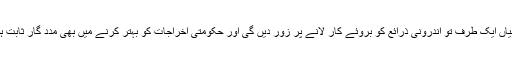
یہ پالیسیاں ایک طرف تو اندرونی ذرائع کو بروئے کار لانے پر زور دیں گی اور حکومتی اخراجات کو بہتر کرنے میں بھی مدد گار ثابت ہوں گی۔